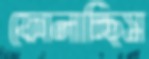
ফোলাচ্ছিস